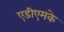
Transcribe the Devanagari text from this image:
एडीएमके